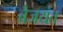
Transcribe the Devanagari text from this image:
बैजयंत